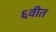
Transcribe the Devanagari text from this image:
६वीत